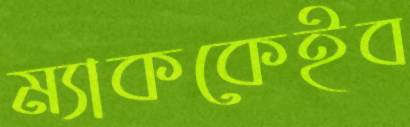
ম্যাককেইব